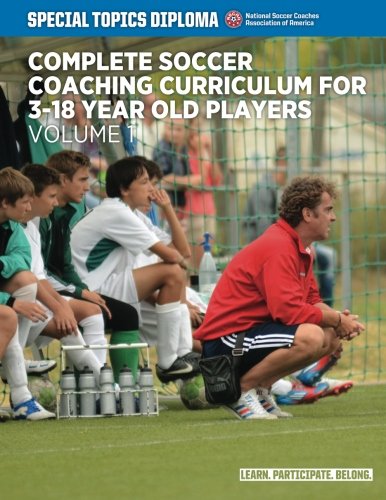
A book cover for Complete Soccer Coaching Curriculum for 3-18 Year Old Players - Volume 1 (NSCAA Player Development Curriculum); David Newbery; Sports & Outdoors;